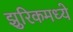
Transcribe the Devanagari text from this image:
झुरिकमध्ये